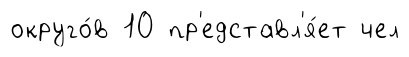
округо́в 10 пр'едставл'я́ет чел